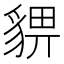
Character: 𧳠